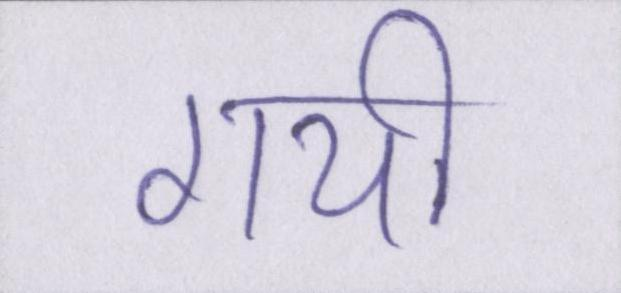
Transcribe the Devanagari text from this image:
गयी।